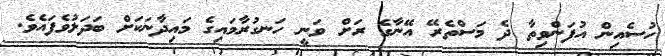
ހުސެއިން އުފަންވިތާ ދެ މަސްތެރޭ އޭނާގެ ރަށް ވަނީ ހަނގުރާމައިގެ މައިދާނަކަށް ބަދަލުވެފައެވެ.